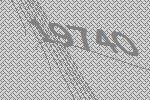
19740